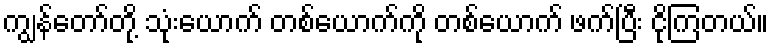
ကျွန်တော်တို့ သုံးယောက် တစ်ယောက်ကို တစ်ယောက် ဖက်ပြီး ငိုကြတယ်။